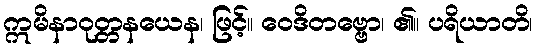
ဣမိနာဝုတ္တနယေန၊ ဖြင့်။ ဝေဒိတဗ္ဗော၊ ၏။ ပရိယာတိ၊